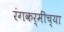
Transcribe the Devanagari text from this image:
रंगकर्मींच्या